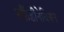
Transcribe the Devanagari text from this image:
स्कैंडीनेवियन